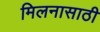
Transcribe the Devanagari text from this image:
मिलनासाठी